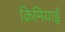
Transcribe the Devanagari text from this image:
क्रिमियाई